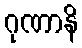
ဂုဏာနိ